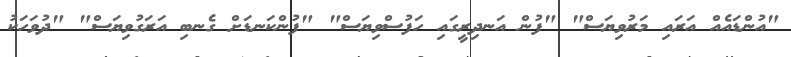
"އުންޑައެއް އަރައި މަރުވިޔަސް" "ފުން އަނދިރީގައި ހަފުސްވިޔަސް" "ފުންކަނޑަށް ގެނބި އަރަގުވިޔަސް" "ދުވަހަކު